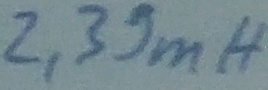
Text: 2,39mH